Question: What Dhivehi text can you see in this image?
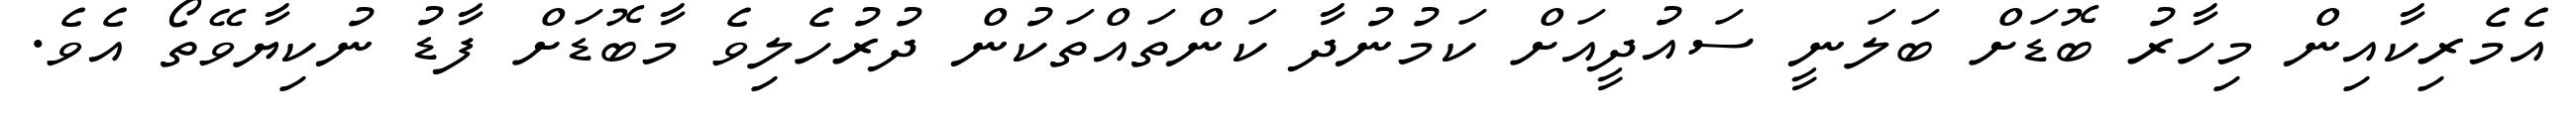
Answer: އެމެރިކާއިން މިހާރު ބޮޑަށް ބަލަނީ ސައުދީއަށް ކަމުނުދާ ކަންތައްތަކުން ދުރުހެލިވެ މާބޮޑަށް ފާޑު ނުކިޔާވޭތޯ އެވެ.